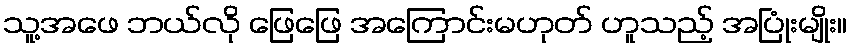
သူ့အဖေ ဘယ်လို ဖြေဖြေ အကြောင်းမဟုတ် ဟူသည့် အပြုံးမျိုး။